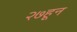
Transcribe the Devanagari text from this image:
२७हून